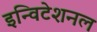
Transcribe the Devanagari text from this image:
इन्विटेशनल